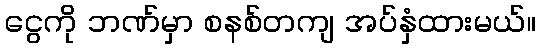
ငွေကို ဘဏ်မှာ စနစ်တကျ အပ်နှံထားမယ်။